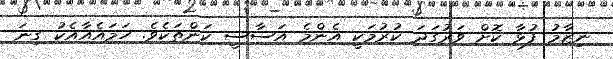
ނިޒާމު ފުޅާ ކޮށް ވަރުގަދަ ކުރުމަކީ އެންމެ އަސާސީ ކަންތަކެވެ. ހަމައެއާއެކު ގިނަ